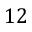
1 2